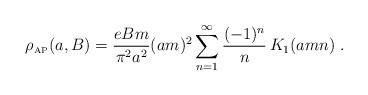
\begin{align*}\rho_{\mbox{\tiny AP}} (a,B)={eBm\over \pi^2a^2}(am)^2\sum_{n=1}^{\infty}{(-1)^{n}\over n}\,K_1(amn)\;.\end{align*}